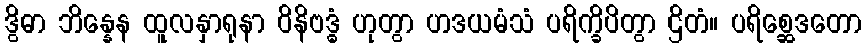
ဒွိဓာ ဘိန္နေန ထူလနှာရုနာ ဝိနိဗဒ္ဓံ ဟုတွာ ဟဒယမံသံ ပရိက္ခိပိတွာ ဌိတံ။ ပရိစ္ဆေဒတော